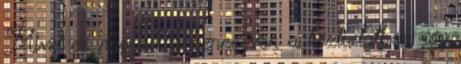
Mivel ez nagyon is benne van a köztudatban, így